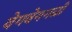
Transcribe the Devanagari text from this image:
वेगवेगगळी